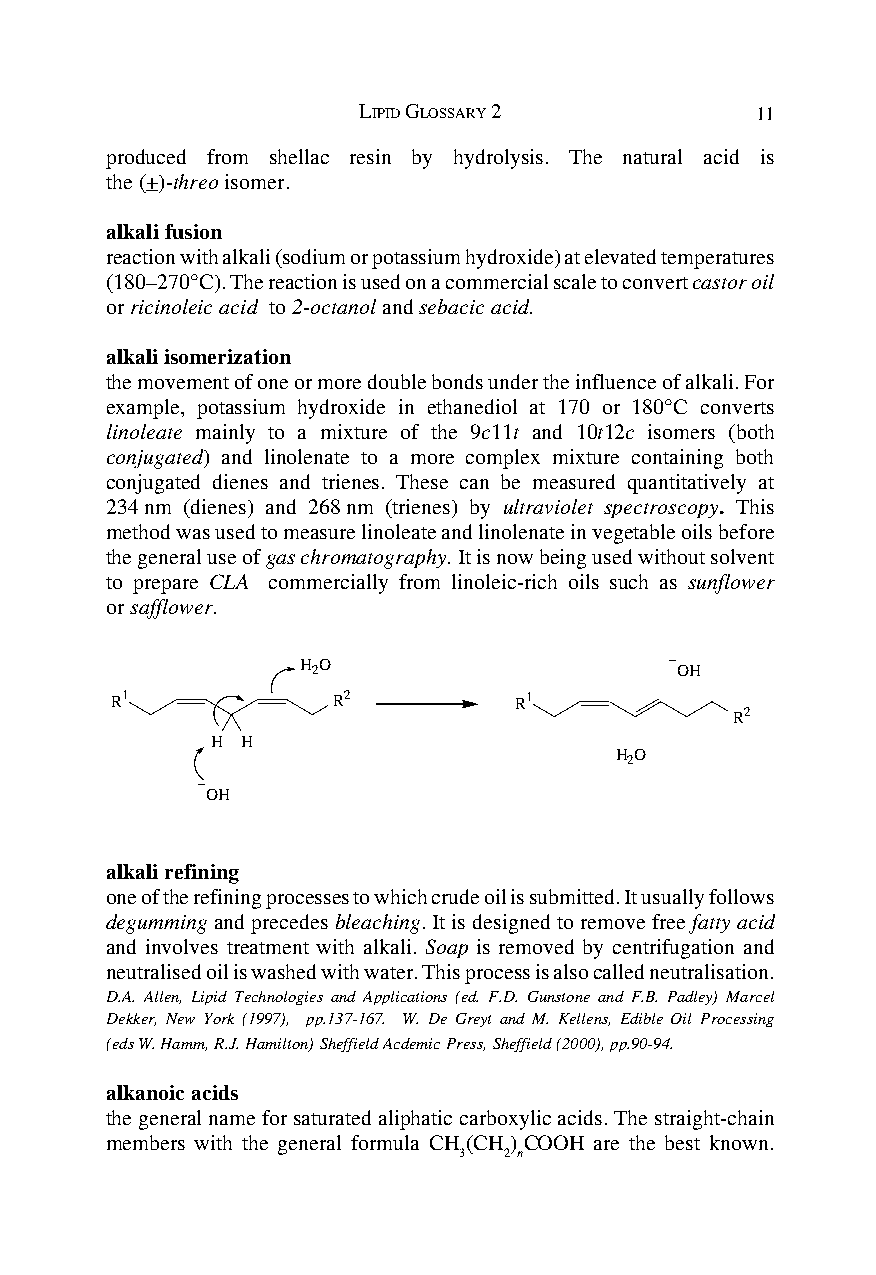
LIPID GLOSSARY 2          11
 produced from shellac resin by hydrolysis. The natural acid is
 the (+)-threo isomer.
 alkali fusion
 reaction with alkali (sodium or potassium hydroxide) at elevated temperatures
 (180–270°C). The reaction is used on a commercial scale to convert castor oil
 or ricinoleic acid to 2-octanol and sebacic acid.
 alkali isomerization
 the movement of one or more double bonds under the influence of alkali. For
 example, potassium hydroxide in ethanediol at 170 or 180°C converts
 linoleate mainly to a mixture of the 9c11t and 10t12c isomers (both
 conjugated) and linolenate to a more complex mixture containing both
 conjugated dienes and trienes. These can be measured quantitatively at
 234 nm (dienes) and 268 nm (trienes) by ultraviolet spectroscopy. This
 method was used to measure linoleate and linolenate in vegetable oils before
 the general use of gas chromatography. It is now being used without solvent
 to prepare CLA commercially from linoleic-rich oils such as sunflower
 or safflower.
 H 2O                     OH
 R1             R2          R1
 R2
 H H
 H O
 2
 OH
 alkali refining
 one of the refining processes to which crude oil is submitted. It usually follows
 degumming and precedes bleaching. It is designed to remove free fatty acid
 and involves treatment with alkali. Soap is removed by centrifugation and
 neutralised oil is washed with water. This process is also called neutralisation.
 D.A. Allen, Lipid Technologies and Applications (ed. F.D. Gunstone and F.B. Padley) Marcel
 Dekker, New York (1997), pp.137-167. W. De Greyt and M. Kellens, Edible Oil Processing
 (eds W. Hamm, R.J. Hamilton) Sheffield Acdemic Press, Sheffield (2000), pp.90-94.
 alkanoic acids
 the general name for saturated aliphatic carboxylic acids. The straight-chain
 members with the general formula CH (CH)COOH are the best known.
 3  2 n